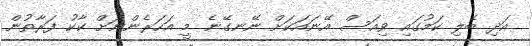
އަދި ބެލި ކަމުގައި ވިއަސް އޭނައަކަށް ނޭނގޭނެ މީ އަހަރެންނަށް ކާކު ފަރާތުން